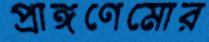
প্রাঙ্গণেমোর